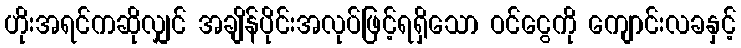
ဟိုးအရင်ကဆိုလျှင် အချိန်ပိုင်းအလုပ်ဖြင့်ရရှိသော ဝင်ငွေကို ကျောင်းလခနှင့်